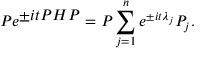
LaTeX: P e ^ { \textstyle \pm i t P H P } = P \sum _ { j = 1 } ^ { n } e ^ { \pm i t { \lambda } _ { j } } P _ { j } .